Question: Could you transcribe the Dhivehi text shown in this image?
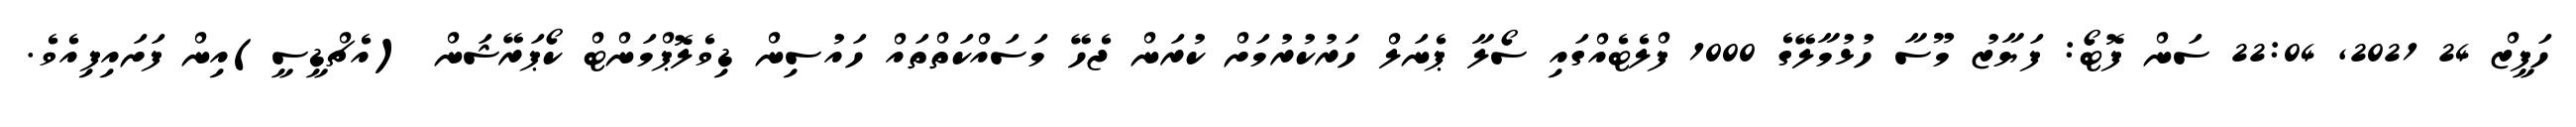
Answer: ހަފީޒް 24 2021, 22:04 ސަން ފޮޓޯ: ފަޔާޒު މޫސާ ހުޅުމާލޭގެ 1000 ފްލެޓެއްގައި ސޯލާ ޕެނަލް ހަރުކުރުމަށް ކުރަން ޖެހޭ މަސައްކަތްތައް ހައުސިން ޑިވެލޮޕްމަންޓް ކޯޕަރޭޝަން (އެޗްޑީސީ)އިން ފަށައިފިއެވެ.